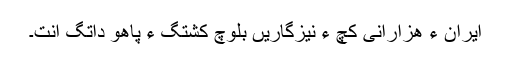
ایران ءَ ھزارانی کَچّ ءَ نیزگاریں بلوچ کُشتگ ءُ پاھو داتگ اَنت۔